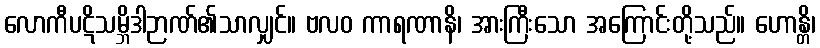
လောကီပဋိသမ္ဘိဒါဉာဏ်၏သာလျှင်။ ဗလဝ ကာရဏာနိ၊ အားကြီးသော အကြောင်းတို့သည်။ ဟောန္တိ၊